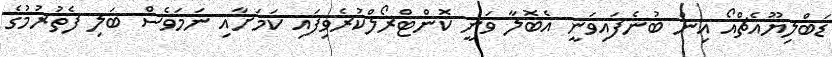
ޑަބްލިޔޫއެޗްއޯ އިން ބުނެފައިވަނީ އެބޮލާ ވަނީ ކޮންޓްރޯލްކުރެވިފައި ކަމަށާއި ނަމަވެސް ބަލި ފެތުރުމުގެ